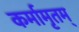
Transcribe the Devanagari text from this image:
कर्मामृतम्